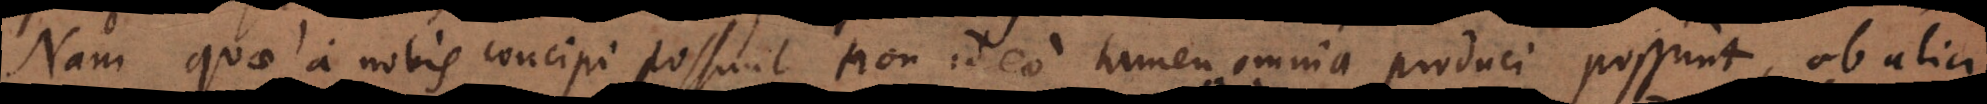
Nam quae a nobis concipi possunt non ideo tamen omnia produci possunt, ob alia